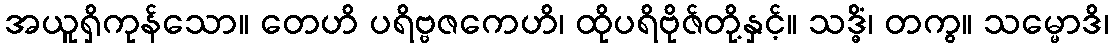
အယူရှိကုန်သော။ တေဟိ ပရိဗ္ဗဇကေဟိ၊ ထိုပရိဗိုဇ်တို့နှင့်။ သဒ္ဓိံ၊ တကွ။ သမ္မောဒိ၊